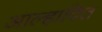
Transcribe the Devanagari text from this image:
आल्हादित